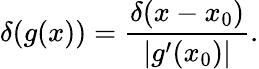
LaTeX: \delta(g(x))={\frac{\delta(x-x_{0})}{|g^{\prime}(x_{0})|}}.